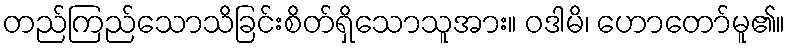
တည်ကြည်သောသိခြင်းစိတ်ရှိသောသူအား။ ဝဒါမိ၊ ဟောတော်မူ၏။